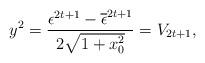
LaTeX: \begin{align*}y^{2} = \frac{\epsilon^{2t+1}-\overline{\epsilon}^{2t+1}} {2\sqrt{1+x_{0}^{2}}} = V_{2t+1}, \end{align*}